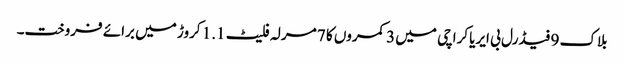
بلاک 9 فیڈرل بی ایریا کراچی میں 3 کمروں کا 7 مرلہ فلیٹ 1.1 کروڑ میں برائے فروخت۔